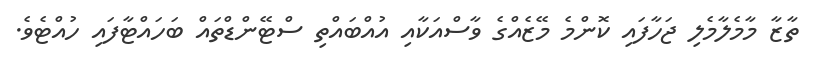
ތާޒާ މާމެލާމެލި ޖަހާފައި ކޮންމެ މޭޒެއްގެ ވާސްއަކާއި އުއްބައްތި ސްޓޭންޑްތައް ބަހައްޓާފައި ހުއްޓެވެ.